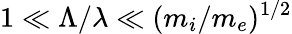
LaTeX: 1\ll\Lambda/\lambda\ll(m_{i}/m_{e})^{1/2}